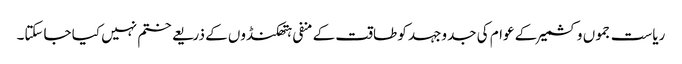
ریاست جموں وکشمیر کے عوام کی جدوجہد کو طاقت کے منفی ہتھکنڈوں کے ذریعے ختم نہیں کیا جاسکتا۔